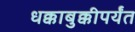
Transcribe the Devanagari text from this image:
धक्काबुक्कीपर्यंत